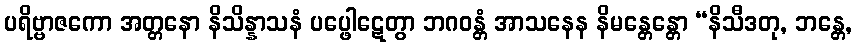
ပရိဗ္ဗာဇကော အတ္တနော နိသိန္နာသနံ ပပ္ဖေါဋေတွာ ဘဂဝန္တံ အာသနေန နိမန္တေန္တော “နိသီဒတု, ဘန္တေ,